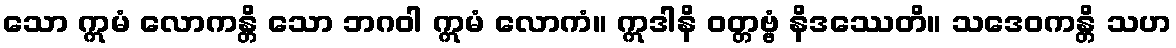
သော ဣမံ လောကန္တိ သော ဘဂဝါ ဣမံ လောကံ။ ဣဒါနိ ဝတ္တဗ္ဗံ နိဒဿေတိ။ သဒေဝကန္တိ သဟ